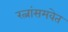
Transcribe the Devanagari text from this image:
रत्नांसमवेत